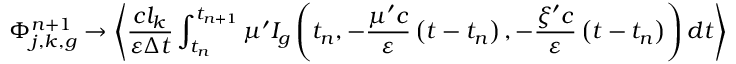
\Phi _ { j , k , g } ^ { n + 1 } \to \left\langle \frac { c l _ { k } } { \varepsilon \Delta t } \int _ { t _ { n } } ^ { t _ { n + 1 } } \mu ^ { \prime } I _ { g } \left( t _ { n } , - \frac { \mu ^ { \prime } c } { \varepsilon } \left( t - t _ { n } \right) , - \frac { \xi ^ { \prime } c } { \varepsilon } \left( t - t _ { n } \right) \right) d t \right\rangle